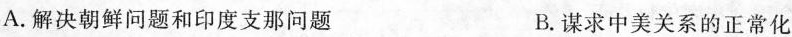
A.解决朝鲜问题和印度支那问题 B.谋求中美关系的正常化